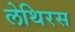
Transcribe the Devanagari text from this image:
लेथिरस